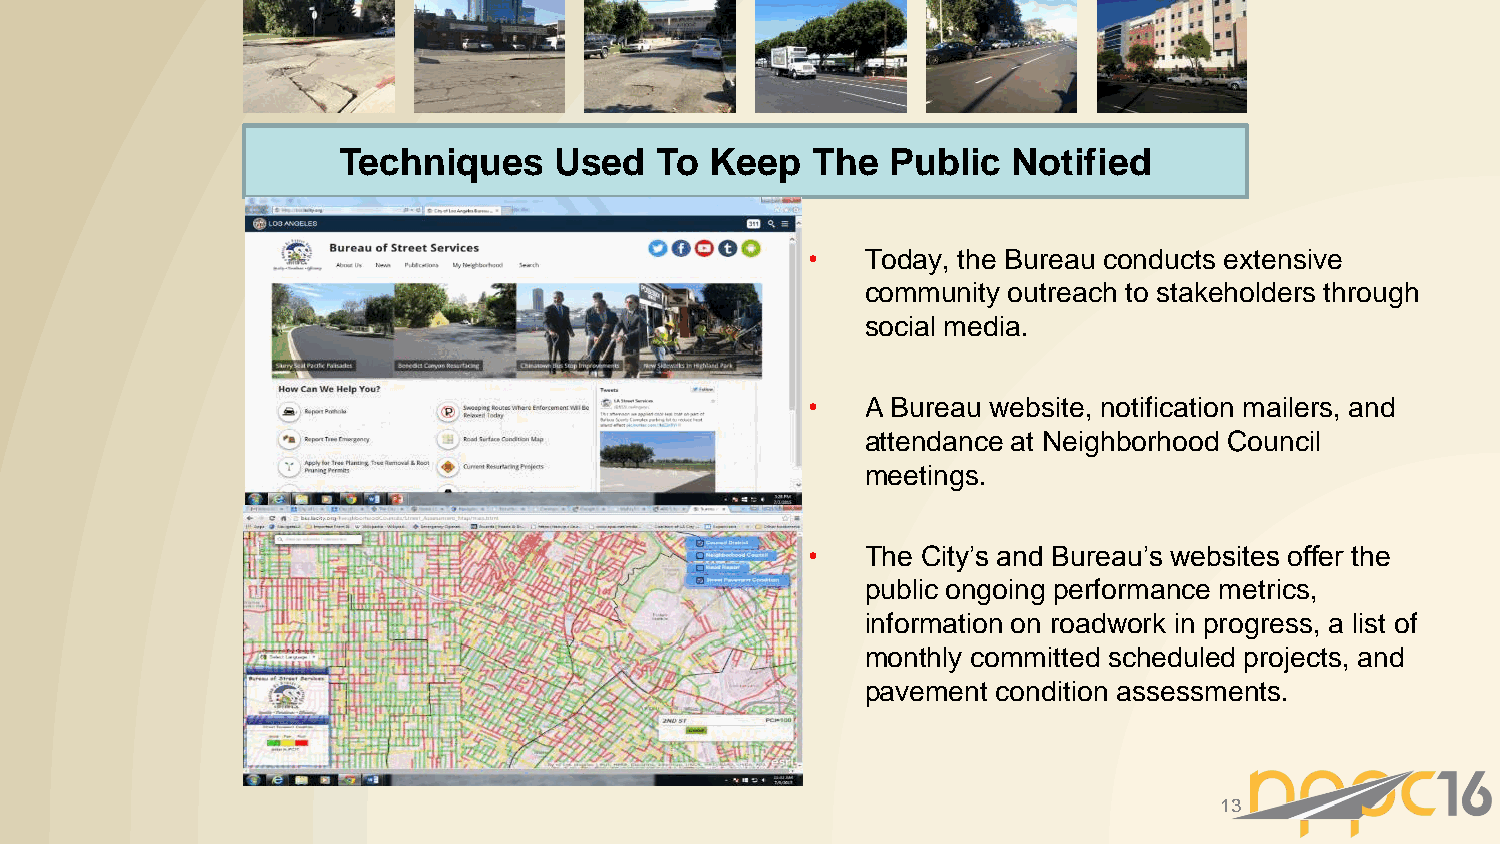
Techniques     Used  To  Keep   The  Public  Notified
 •  Today, the Bureau conducts extensive
 community outreach to stakeholders through
 social media.
 •  A Bureau website, notification mailers, and
 attendance at Neighborhood Council
 meetings.
 •  The City’s and Bureau’s websites offer the
 public ongoing performance metrics,
 information on roadwork in progress, a list of
 monthly committed scheduled projects, and
 pavement condition assessments.
 13